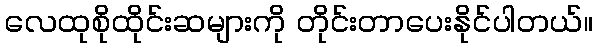
လေထုစိုထိုင်းဆများကို တိုင်းတာပေးနိုင်ပါတယ်။